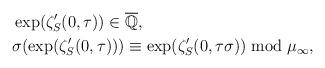
LaTeX: \begin{align*} &\exp(\zeta_S'(0,\tau))\in \overline{\mathbb Q}, \\&\sigma(\exp(\zeta_S'(0,\tau)))\equiv \exp(\zeta_S'(0,\tau\sigma)) \bmod \mu_\infty,\end{align*}